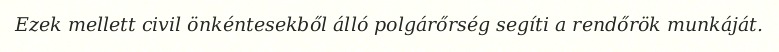
Ezek mellett civil önkéntesekből álló polgárőrség segíti a rendőrök munkáját.